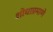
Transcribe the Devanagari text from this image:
शोधाप्रमाणे